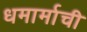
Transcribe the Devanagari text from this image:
धमार्माची